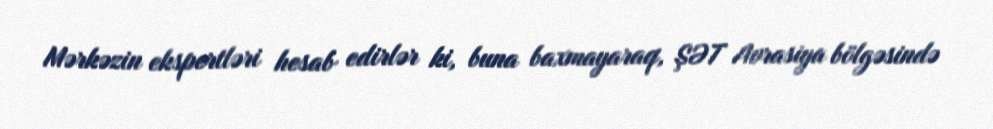
Mərkəzin ekspertləri hesab edirlər ki, buna baxmayaraq, ŞƏT Avrasiya bölgəsində